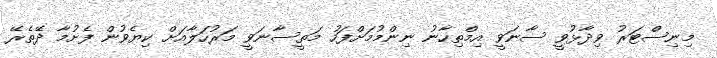
މިނިސްޓަރު ވިދާޅުވީ ސާނަވީ އިމްތިހާނު ނިންމުމަށްފަހު މަތީސާނަވީ މަރުހަލާއަށް ކިޔެވުން ފެށުމާ ދޭތެރޭ